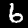
Label: 6